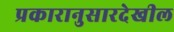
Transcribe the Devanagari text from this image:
प्रकारानुसारदेखील